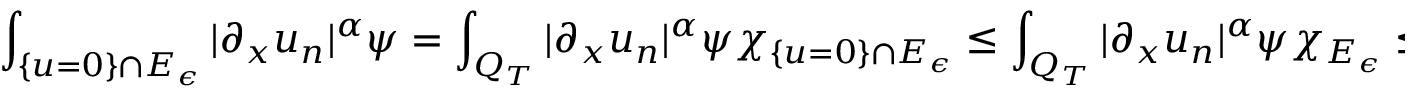
\int _ { \{ u = 0 \} \cap E _ { \epsilon } } | \partial _ { x } u _ { n } | ^ { \alpha } \psi = \int _ { Q _ { T } } | \partial _ { x } u _ { n } | ^ { \alpha } \psi \chi _ { \{ u = 0 \} \cap E _ { \epsilon } } \leq \int _ { Q _ { T } } | \partial _ { x } u _ { n } | ^ { \alpha } \psi \chi _ { E _ { \epsilon } } \leq C \lVert | \partial _ { x } u _ { n } | ^ { \alpha } \rVert _ { L ^ { 1 / \alpha } ( Q _ { T } ) } \lVert \chi _ { E _ { \epsilon } } \rVert _ { L ^ { 1 / ( 1 - \alpha ) } ( Q _ { T } ) } \leq C \epsilon ^ { 1 - \alpha }